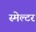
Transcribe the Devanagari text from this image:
स्मेल्टर